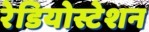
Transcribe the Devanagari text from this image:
रेडियोस्टेशन